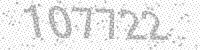
Solution: 107722